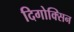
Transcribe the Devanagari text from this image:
दिगोक्सिन